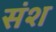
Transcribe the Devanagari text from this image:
संश